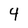
Character: 4